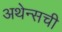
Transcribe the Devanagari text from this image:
अथेन्सची